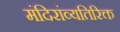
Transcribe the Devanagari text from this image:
मंदिरांव्यतिरिक्त